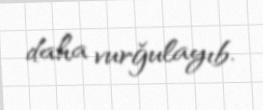
daha vurğulayıb.